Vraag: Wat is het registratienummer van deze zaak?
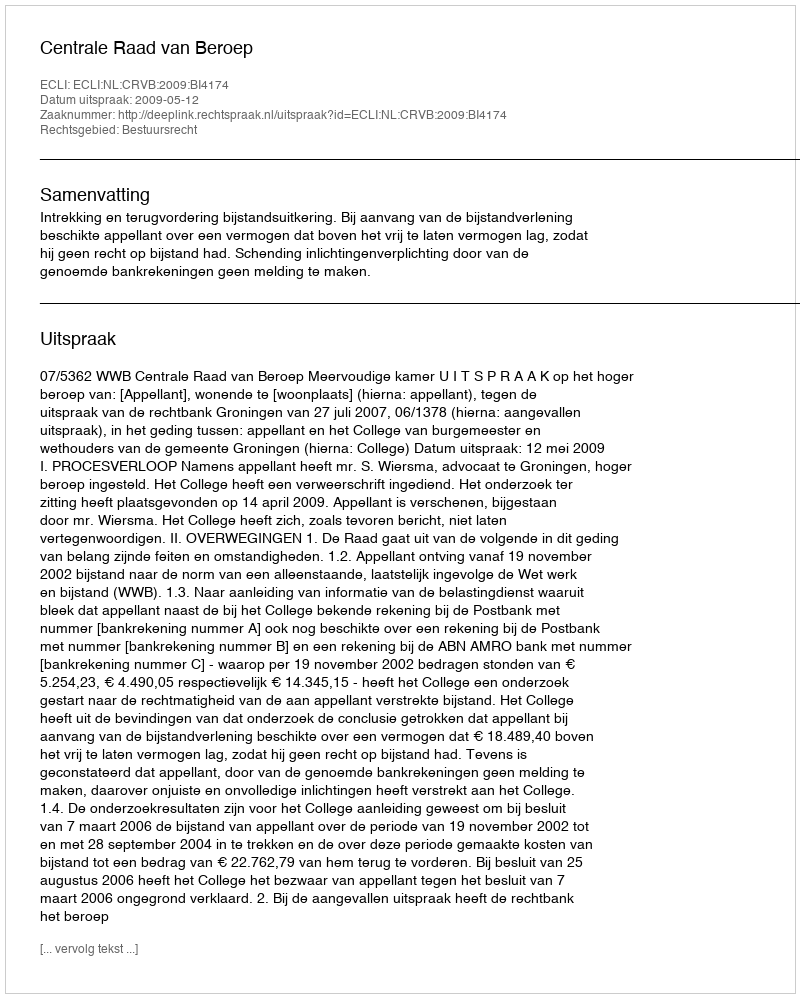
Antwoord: http://deeplink.rechtspraak.nl/uitspraak?id=ECLI:NL:CRVB:2009:BI4174